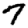
Digit: 7